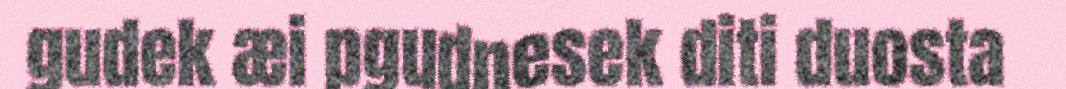
gudek æi pgudnesek diti duosta